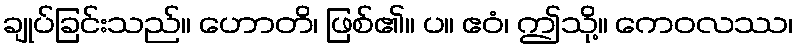
ချုပ်ခြင်းသည်။ ဟောတိ၊ ဖြစ်၏။ ပ။ ဧဝံ၊ ဤသို့။ ကေဝလဿ၊